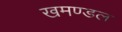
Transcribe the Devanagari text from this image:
खमण्डल